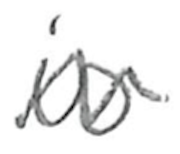
Text: is
Cross-out: wave
Writing tool: pencil